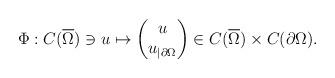
LaTeX: \begin{align*}\Phi:C(\overline{\Omega})\ni u\mapsto\begin{pmatrix} u\\ u_{|\partial \Omega}\end{pmatrix}\in C(\overline{\Omega})\times C(\partial\Omega).\end{align*}